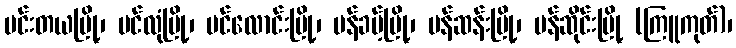
ပင်းတယမြို့၊ ပင်လုံမြို့၊ ပင်လောင်းမြို့၊ ပန်ခမ့်မြို့၊ ပန်ဆန်းမြို့၊ ပန်ဆိုင်းမြို့ (ကြူကုတ်)၊